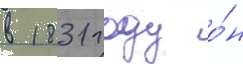
в 1831 году о́н